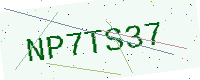
Text: NP7TS37